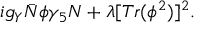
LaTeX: i g _ { Y } { \bar { N } } \phi \gamma _ { 5 } N + \lambda [ T r ( \phi ^ { 2 } ) ] ^ { 2 } .